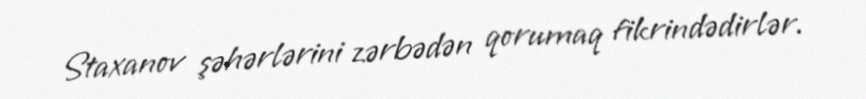
Staxanov şəhərlərini zərbədən qorumaq fikrindədirlər.